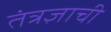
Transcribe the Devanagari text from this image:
तंत्रज्ञाची